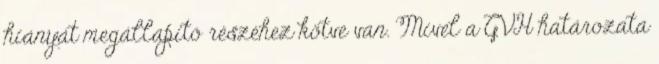
hiányát megállapító részéhez kötve van. Mivel a GVH határozata